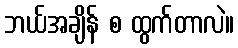
ဘယ်အချိန် စ ထွက်တာလဲ။